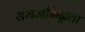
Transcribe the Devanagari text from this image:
समजभिन्नता